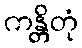
ကန္တိတုံ